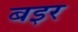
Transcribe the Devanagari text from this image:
बइर